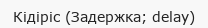
Кідіріс (Задержка; delay)